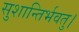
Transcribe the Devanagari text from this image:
सुशान्तिर्भवतु।